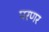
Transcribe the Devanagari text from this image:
परणर